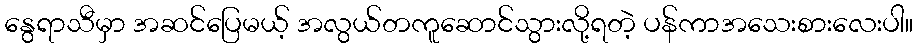
နွေရာသီမှာ အဆင်ပြေမယ့် အလွယ်တကူဆောင်သွားလို့ရတဲ့ ပန်ကာအသေးစားလေးပါ။